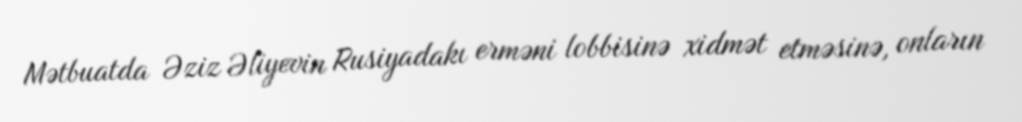
Mətbuatda Əziz Əliyevin Rusiyadakı erməni lobbisinə xidmət etməsinə, onların